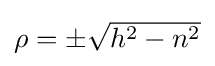
\textstyle \rho =\pm {\sqrt {h^{2}-n^{2}}}